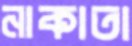
নাকাতা